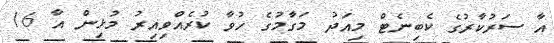
އާ ސަރުކާރުގެ ކެބިނެޓް މިއަދު މަގާމުގެ ހުވާ ކުރެއްވިއިރު މުޅިން އާ 16